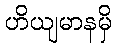
ဟိယျမာနမှိ